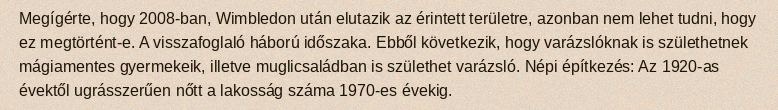
Megígérte, hogy 2008-ban, Wimbledon után elutazik az érintett területre, azonban nem lehet tudni, hogy ez megtörtént-e. A visszafoglaló háború időszaka. Ebből következik, hogy varázslóknak is születhetnek mágiamentes gyermekeik, illetve muglicsaládban is születhet varázsló. Népi építkezés: Az 1920-as évektől ugrásszerűen nőtt a lakosság száma 1970-es évekig.